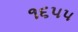
૧૬૫૫